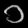
Digit: ၁